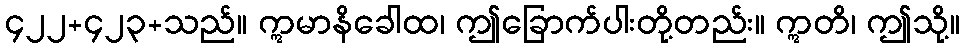
၄၂၂+၄၂၃+သည်။ ဣမာနိခေါထ၊ ဤခြောက်ပါးတို့တည်း။ ဣတိ၊ ဤသို့။